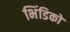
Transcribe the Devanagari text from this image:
भिंडिको